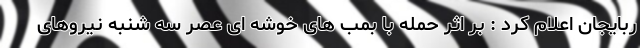
ربایجان اعلام کرد : بر اثر حمله با بمب های خوشه ای عصر سه شنبه نیروهای